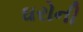
ઘરોની